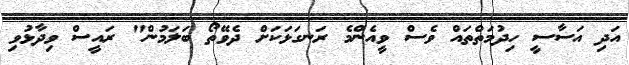
އަދި އަސާސީ ހިދުމަތްތައް ވެސް ވީއެންމެ ރަނގަޅަކަށް ދެވޭތޯ ބަލަމުން" ރައީސް ވިދާޅުވި